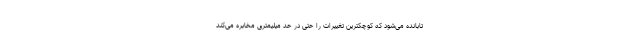
تابانده می‌شود که کوچکترین تغییرات را حتی در حد میلیمتری مخابره می‌کند